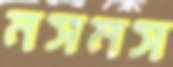
মসমস